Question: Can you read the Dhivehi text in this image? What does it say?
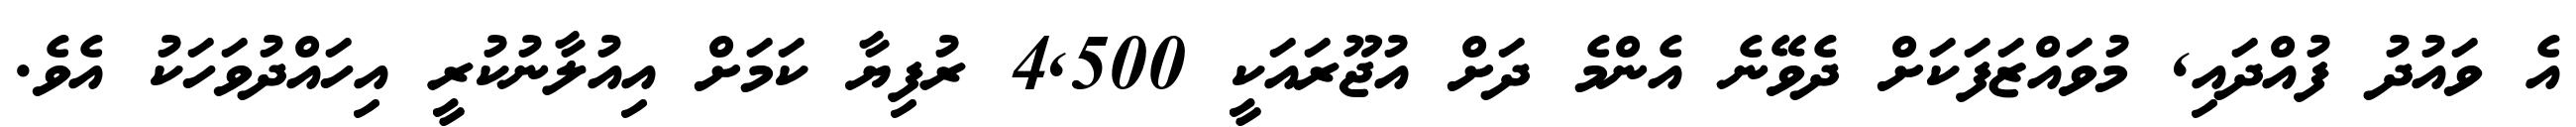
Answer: އެ ވައުދު ފުއްދައި, މުވައްޒަފަކަށް ދެވޭނެ އެންމެ ދަށް އުޖޫރައަކީ 4,500 ރުފިޔާ ކަމަށް އިއުލާނުކުރީ އިހައްދުވަހަކު އެވެ.